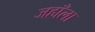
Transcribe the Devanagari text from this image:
जहाँला